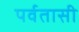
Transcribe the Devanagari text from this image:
पर्वतासी